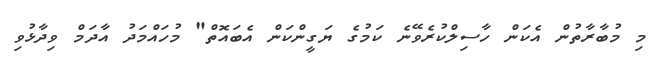
މި މުބާރާތުން އެކަން ހާސިލްކުރެވޭނެ ކަމުގެ ޔަގީންކަން އެބައޮތް" މުހައްމަދު އާދަމް ވިދާޅުވި